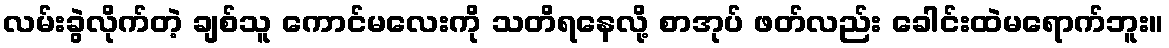
လမ်းခွဲလိုက်တဲ့ ချစ်သူ ကောင်မလေးကို သတိရနေလို့ စာအုပ် ဖတ်လည်း ခေါင်းထဲမရောက်ဘူး။